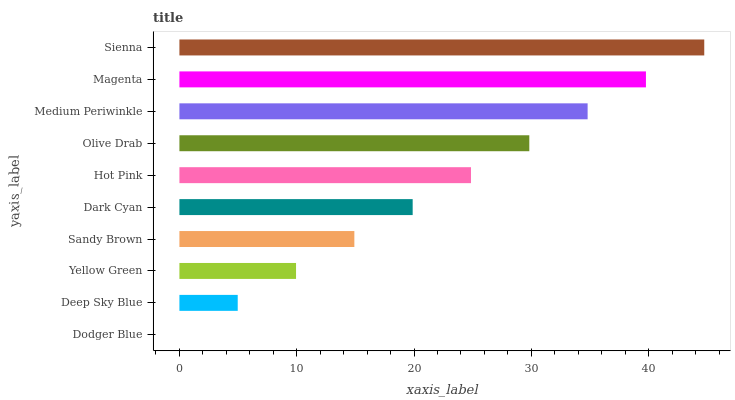
| yaxis_label | bars |
 | --- | --- |
 | Dodger Blue | 0 |
 | Deep Sky Blue | 4.97 |
 | Yellow Green | 9.94 |
 | Sandy Brown | 14.9 |
 | Dark Cyan | 19.9 |
 | Hot Pink | 24.9 |
 | Olive Drab | 29.8 |
 | Medium Periwinkle | 34.8 |
 | Magenta | 39.8 |
 | Sienna | 44.7 |